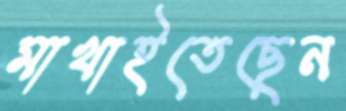
মাখাইতেছেন